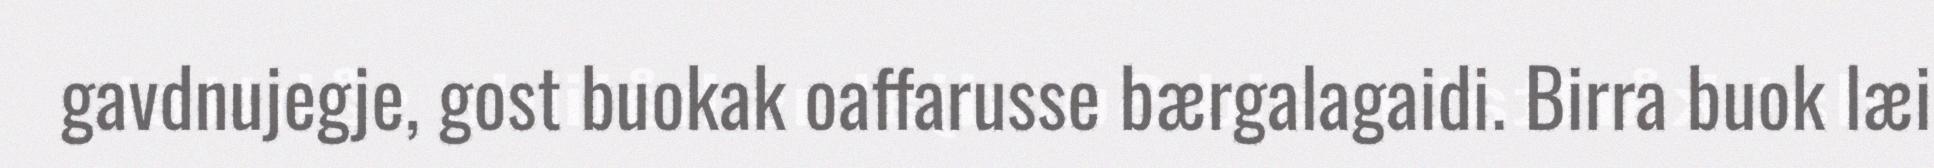
gavdnujegje, gost buokak oaffarusse bærgalagaidi. Birra buok læi